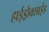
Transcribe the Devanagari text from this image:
हाईड्रोक्साईड